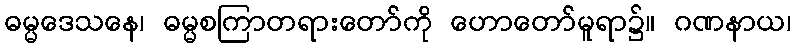
ဓမ္မဒေသနေ၊ ဓမ္မစကြာတရားတော်ကို ဟောတော်မူရာ၌။ ဂဏနာယ၊